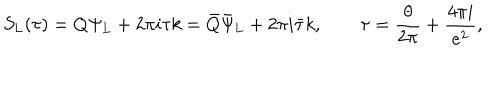
LaTeX: S _ { \mathrm { L } } ( \tau ) = Q \Psi _ { \mathrm { L } } + 2 \pi i \tau k = \bar { Q } \bar { \Psi } _ { \mathrm { L } } + 2 \pi i \bar { \tau } k , \qquad \tau = \frac { \theta } { 2 \pi } + \frac { 4 \pi i } { e ^ { 2 } } ,